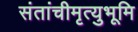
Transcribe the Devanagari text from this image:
संतांचीमृत्युभूमि